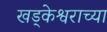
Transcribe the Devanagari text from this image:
खड्केश्वराच्या